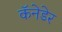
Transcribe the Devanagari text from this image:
कॅनेडेर